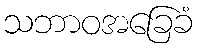
သဘာဝအခြေခံ